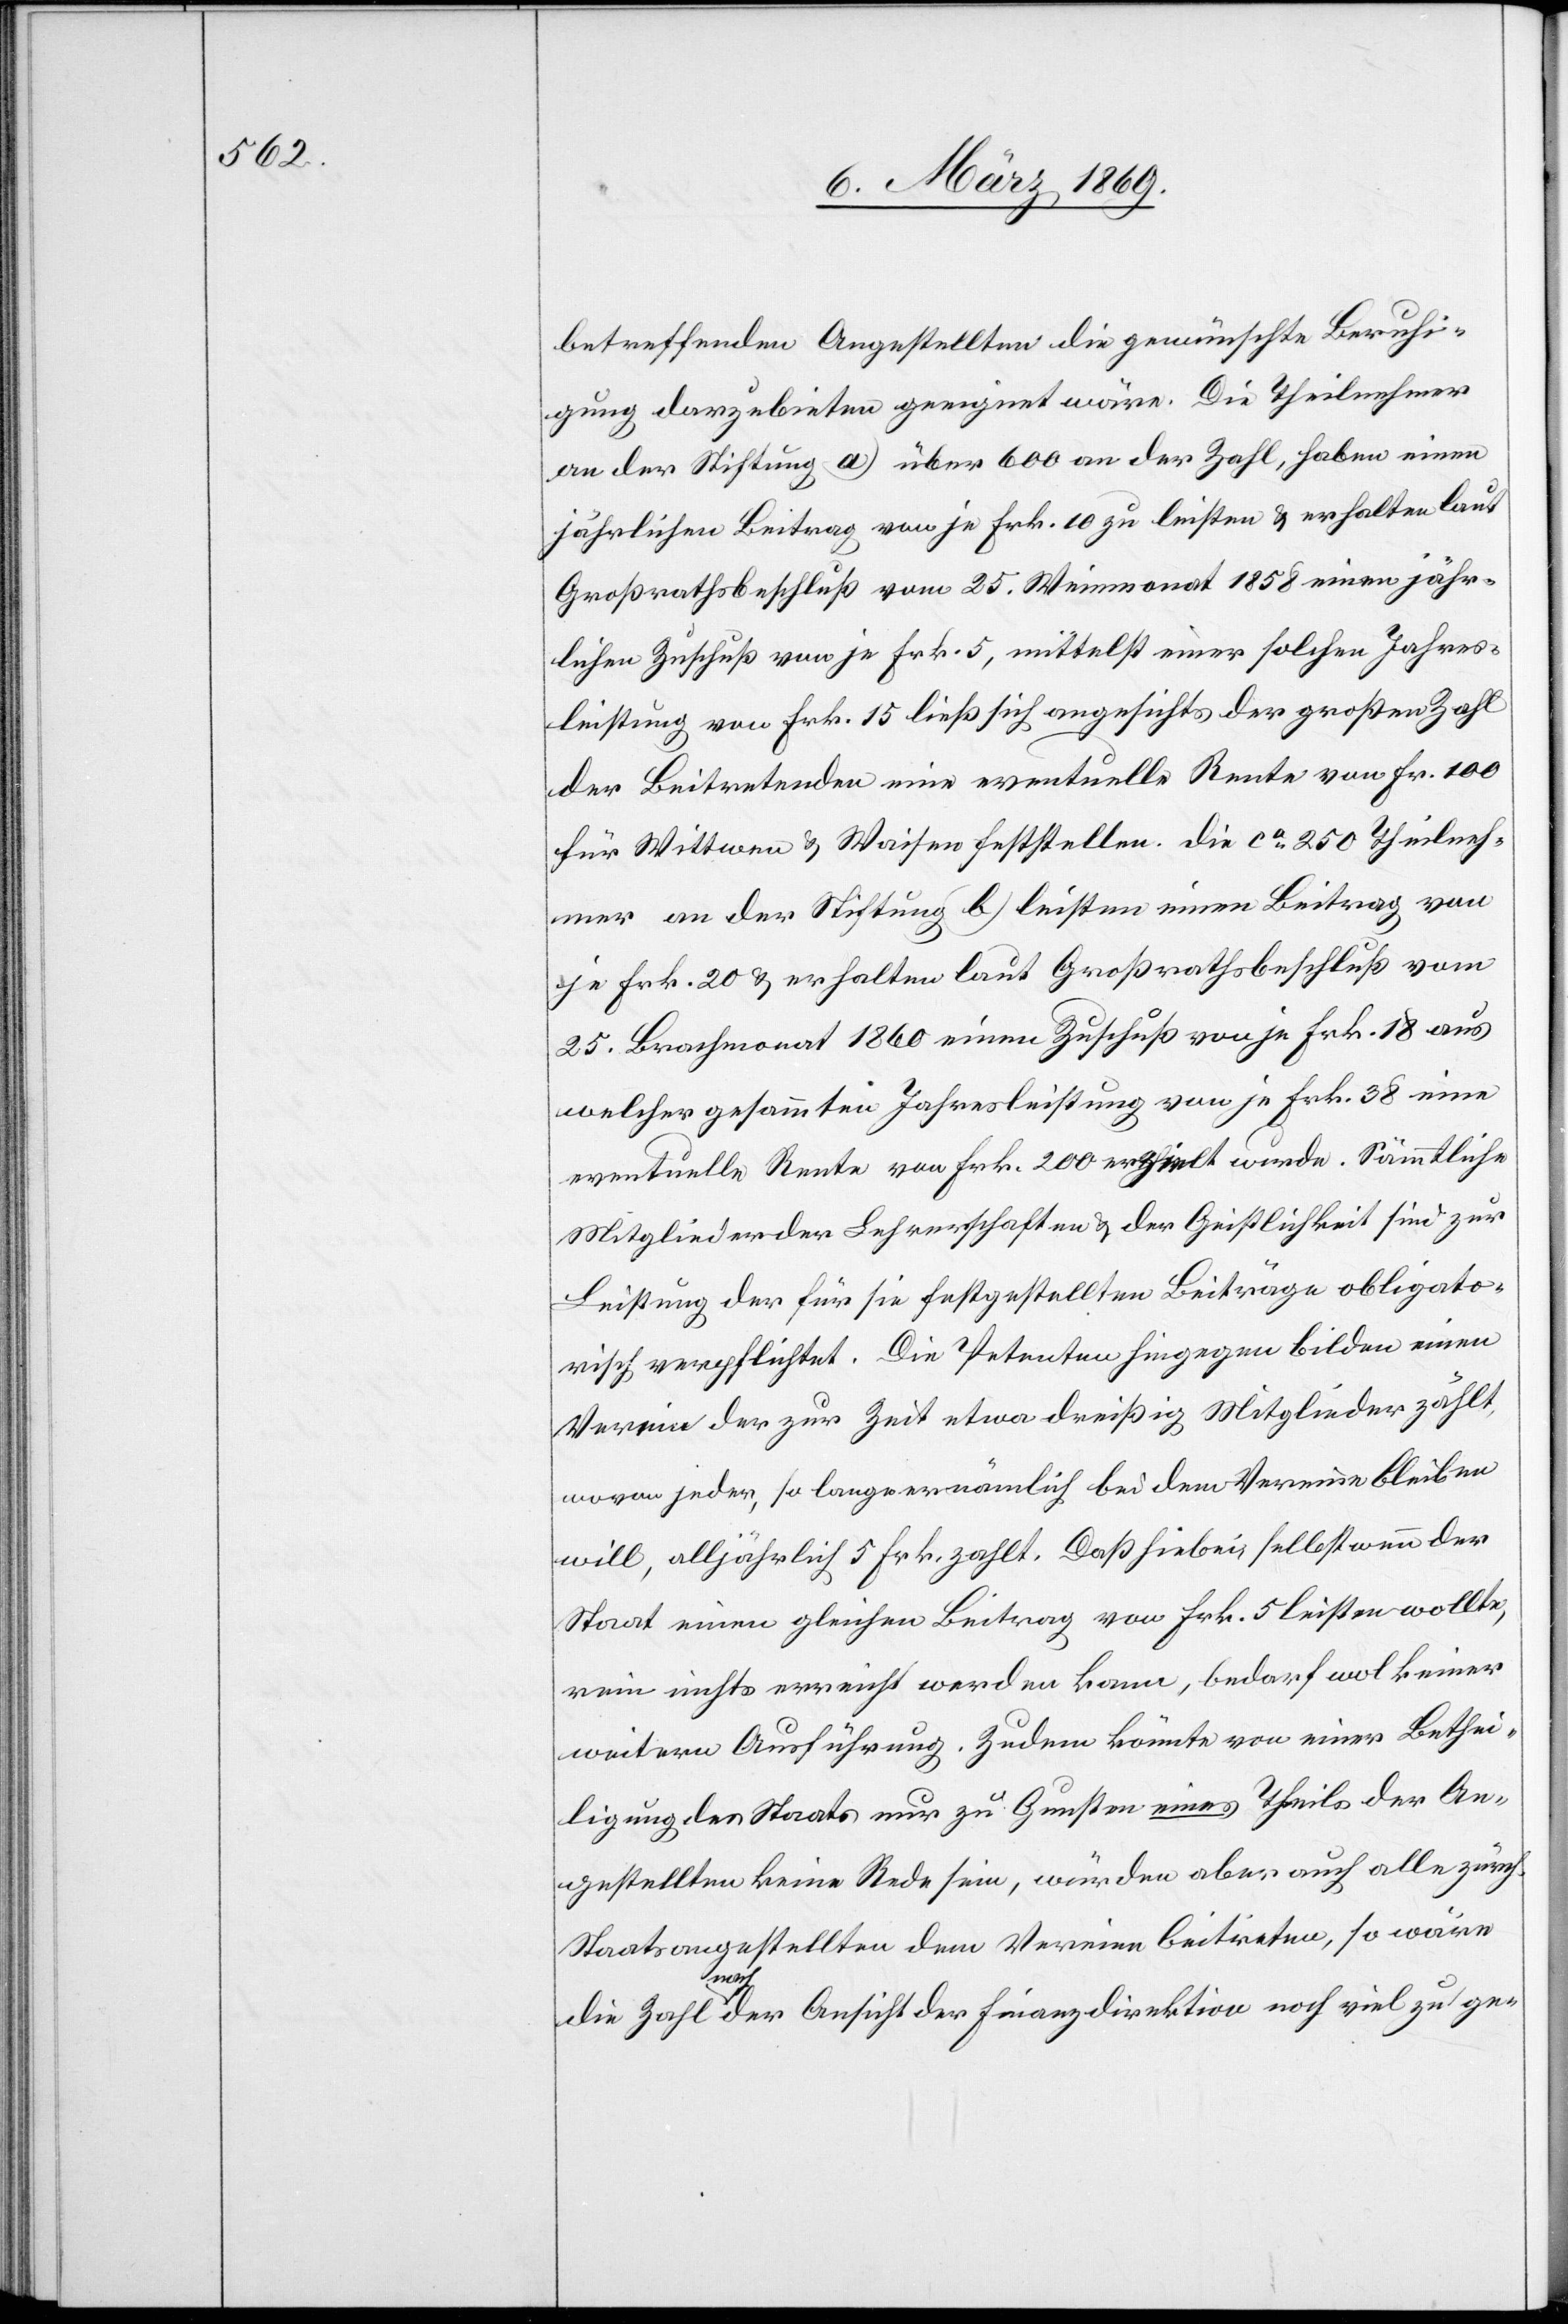
betreffenden Angestellten die gewünschte Beruhi¬
gung darzubieten geeignet wäre. Die Theilnehmer
an der Stiftung a) über 600 an der Zahl, haben einen
jährlichen Beitrag von je Frk. 10 zu leisten & erhalten laut
Großrathsbeschluß vom 25. Weinmonat 1858 einen jähr¬
lichen Zuschuß von je Frk. 5, mittelst einer solchen Jahres¬
leistung von Frk. 15 ließ sich angesichts der großen Zahl
der Beitretenden eine eventuelle Rente von Fr. 100
für Wittwen & Waisen feststellen. Die ca 250 Theilneh¬
mer an der Stiftung b) leisten einen Beitrag von
je Frk. 20 & erhalten laut Großrathsbeschluß vom
25. Brachmonat 1860 einen Zuschuß von je Frk. 18 aus
welcher gesammten Jahresleistung von je Frk. 38 eine
eventuelle Rente von Frk. 200 erzielt wurde. Sämmtliche
Mitglieder der Lehrerschaften & der Geistlichkeit sind zur
Leistung der für sie festgestellten Beiträge obligato¬
risch verpflichtet. Die Petenten hingegen bilden einen
Verein der zur Zeit etwa dreißig Mitglieder zählt,
wovon jeder, so lange er nämlich bei dem Vereine bleiben
will, alljährlich 5 Frk. zahlt. Daß hiebei, selbst wenn der
Staat einen gleichen Beitrag von Frk. 5 leisten wollte,
rein nichts erreicht werden kann, bedarf wol keiner
weitern Ausführung. Zudem könnte von einer Bethei¬
ligung des Staates nur zu Gunsten eines Theiles der An¬
gestellten keine Rede sein, würden aber auch alle zürch.
Staatsangestellten dem Vereine beitreten, so wäre
die Zahl nach der Ansicht der Finanzdirektion noch viel zu ge-